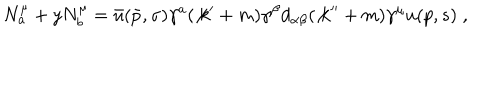
N _ { a } ^ { \mu } + y N _ { b } ^ { \mu } = \bar { u } ( \bar { p } , \sigma ) \gamma ^ { a } ( \not { k } ^ { \prime } + m ) \gamma ^ { \beta } d _ { \alpha \beta } ( \not { k } ^ { \prime \prime } + m ) \gamma ^ { \mu } u ( p , s ) \; ,